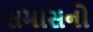
સમાસનો